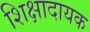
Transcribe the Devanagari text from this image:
शिक्षादायक